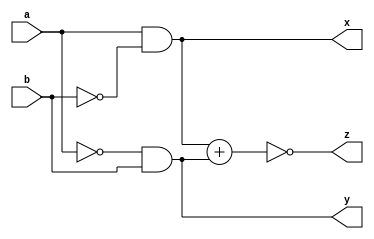
//nithish selva m 20l136//
module magnitudecomparator(
    input a,b,
    output x,y,z
    );
assign x=a&~b;
assign y=~a&b;
assign z=~(x+y);

endmodule